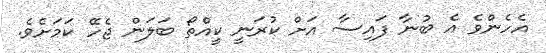
އެހެންވެ އެ ބުނާ ފައިސާ އަށް ކުރަނީ ކީއްތޯ ބަލަން ޖެހޭ ކަމަށެވެ.